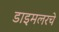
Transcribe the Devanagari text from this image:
डाइमलरचे